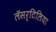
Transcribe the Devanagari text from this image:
लॅसर्टिलिया